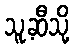
သူ့ဆီသို့